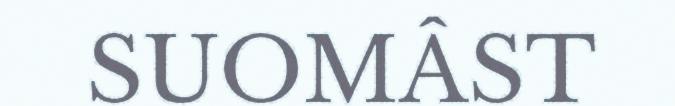
SUOMÂST